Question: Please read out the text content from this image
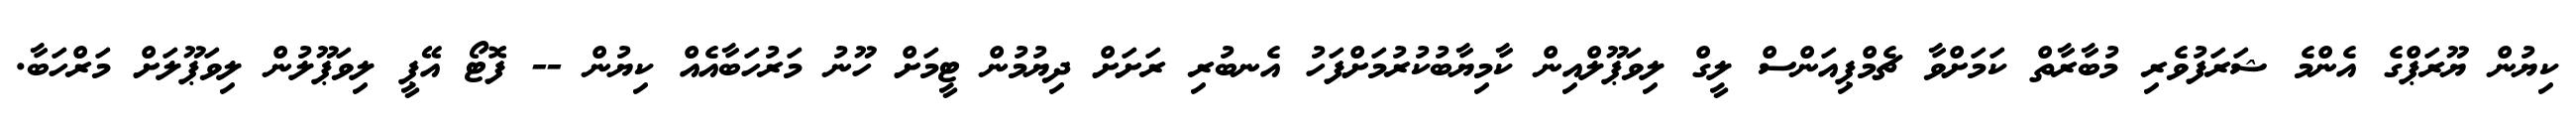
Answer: ކިޔުން ޔޫރަޕްގެ އެންމެ ޝަރަފުވެރި މުބާރާތް ކަމަށްވާ ޗެމްޕިއަންސް ލީގް ލިވަޕޫލްއިން ކާމިޔާބުކުރުމަށްފަހު އެނބުރި ރަށަށް ދިޔުމުން ޓީމަށް ހޫނު މަރުހަބާއެއް ކިޔުން -- ފޮޓޯ އޭޕީ ލިވަޕޫލުން ލިވަޕޫލަށް މަރްހަބާ.